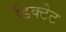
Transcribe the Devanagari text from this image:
डिक्टेट